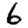
Digit: 6